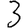
Digit: 3